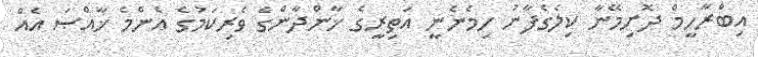
އިބްރާހީމް ދޮށިމޭނާ ކިލެގެފާނު ހިމެނެނީ އަތިރީގެ ޚާންދާންގެ ވެރިކަމުގެ އެންމެ ޚާއްޞަ އެއް